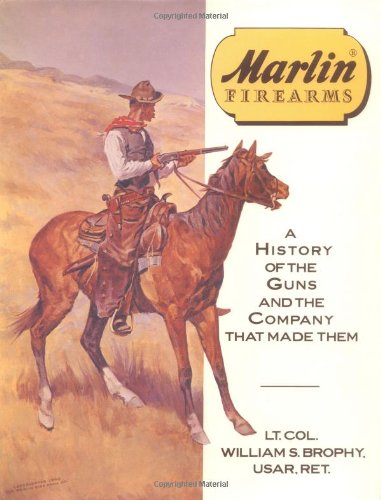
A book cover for Marlin Firearms: A History of the Guns and the Company That Made Them; Lt. Col. William S. Brophy USAR (Ret.); Business & Money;